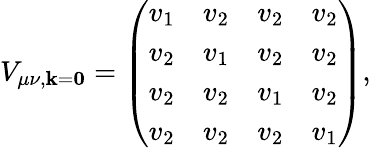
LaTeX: V_{\mu\nu,\mathbf{k}=\boldsymbol{0}}=\left(\begin{array}{llll}{v_{1}}&{v_{2}}&{v_{2}}&{v_{2}}\\ {v_{2}}&{v_{1}}&{v_{2}}&{v_{2}}\\ {v_{2}}&{v_{2}}&{v_{1}}&{v_{2}}\\ {v_{2}}&{v_{2}}&{v_{2}}&{v_{1}}\end{array}\right),